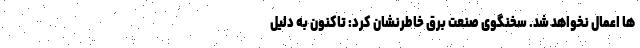
ها اعمال نخواهد شد. سخنگوی صنعت برق خاطرنشان کرد: تاکنون به دلیل